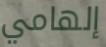
إلهامي